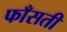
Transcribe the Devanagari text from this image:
फाँसती